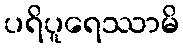
ပရိပူရေဿာမိ